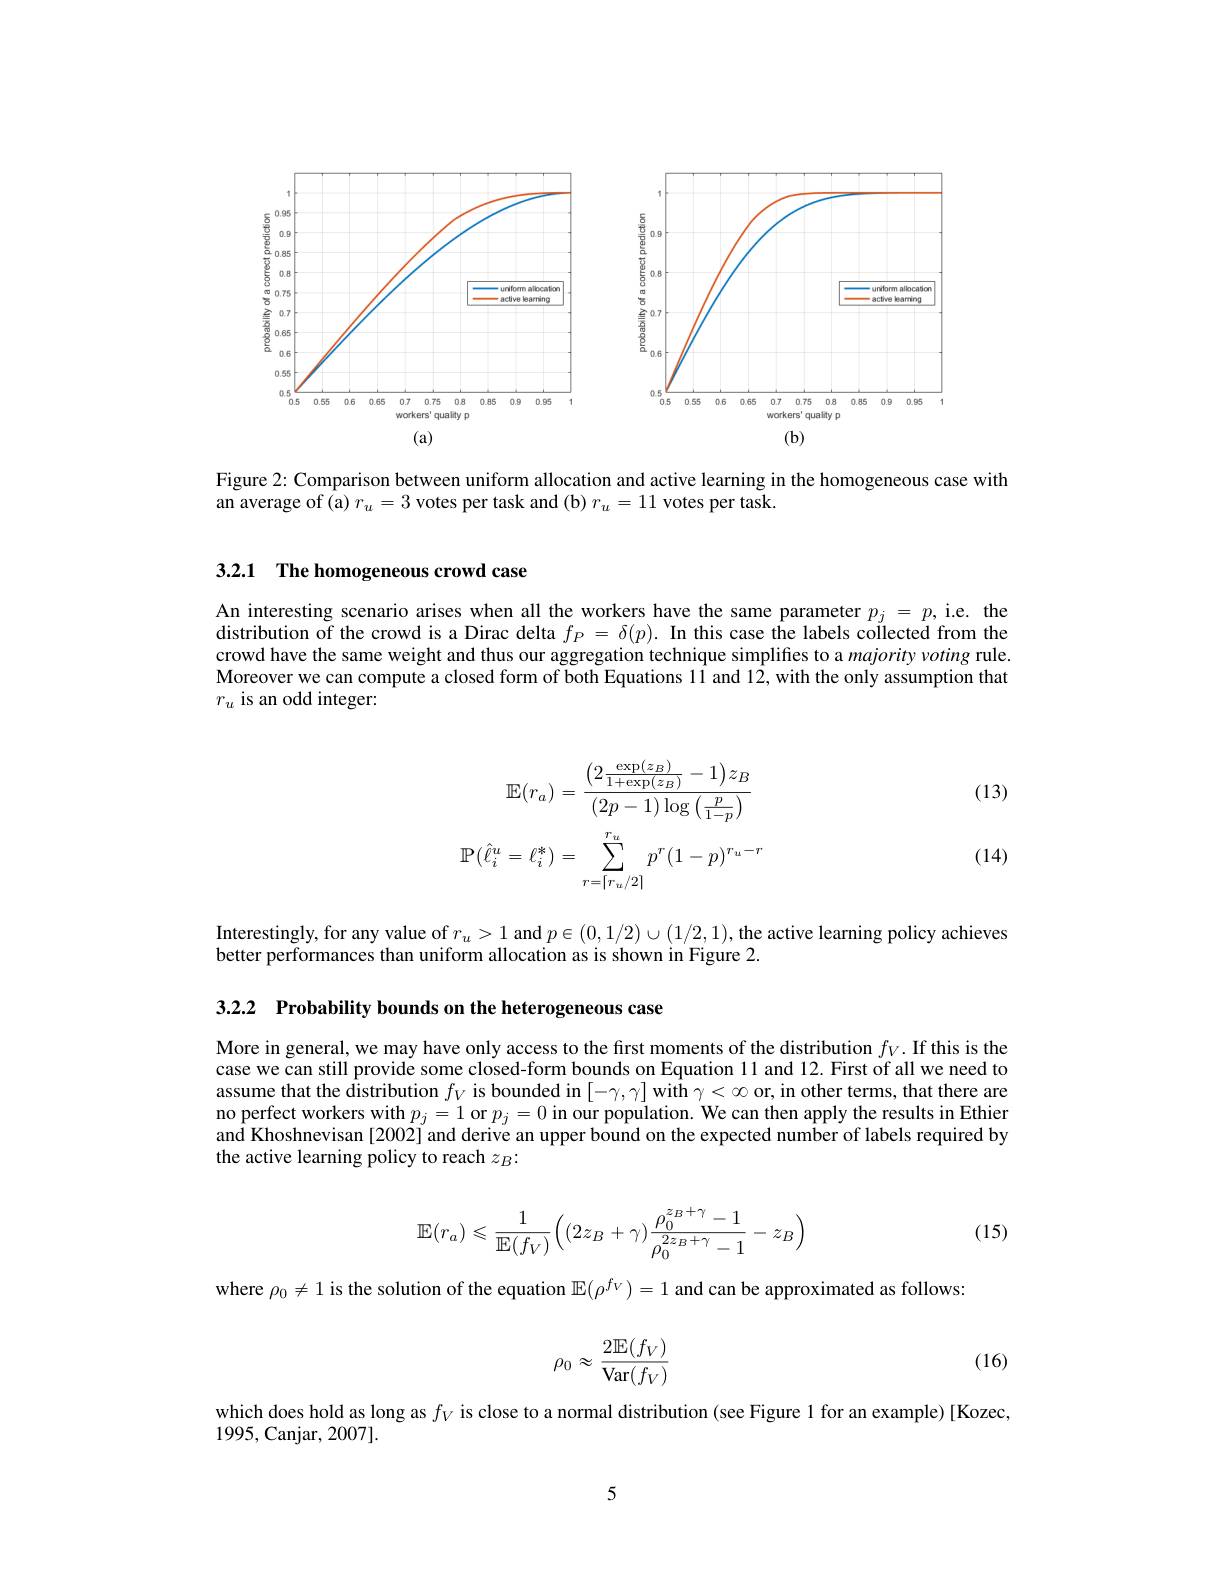
<FigureHere>

Figure 2: Comparison between uniform allocation and active learning in the homogeneous case with
an average of (a) $r_u=3$ votes per task and (b) $r_u=11$ votes per task

3.2.1 The homogeneous crowd case

An interesting scenario arises when all the workers have the same parameter $p_j=p$,i.e. the distribution of the crowd is a Dirac delta $f_P=\delta(p).$ In this case the labels collected from the crowd have the same weight and thus our aggregation technique simplifies to a $majority\textit{voting rule. }$ Moreover we can compute a closed form of both Equations 11 and 12, with the only assumption that $r_u$ is an odd integer:

(13)
$$\mathbb{E}(r_{a})=\frac{\left(2\frac{\exp(z_{B})}{1+\exp(z_{B})}-1\right)z_{B}}{\left(2p-1\right)\log\left(\frac{p}{1-p}\right)}\\\mathbb{P}(\hat{\ell}_{i}^{u}=\ell_{i}^{*})=\sum_{r=\lceil r_{u}/2\rceil}^{r_{u}}p^{r}(1-p)^{r_{u}-r}$$
(14)

Interestingly, for any value of $r_u>1$ and $p\in(0,1/2)\cup(1/2,1)$, the active learning policy achieves
better performances than uniform allocation as is shown in Figure 2.

3.2.2 Probability bounds on the heterogeneous case

More in general, we may have only access to the first moments of the distribution $f_V.$ If this is the case we can still provide some closed-form bounds on Equation ll and 12. First of all we need to assume that the distribution $f_V$ is bounded in $[ - \gamma , \gamma ]$with$\gamma < \infty$ or, in other terms, that there are no perfect workers with $p_j=1$ or $p_j=0$ in our population. We can then apply the results in Ethier and Khoshnevisan [2002] and derive an upper bound on the expected number of labels required by the active learning policy to reach $z_B:$

(15)
$$\mathbb{E}(r_a)\leqslant\frac{1}{\mathbb{E}(f_V)}\Big((2z_B+\gamma)\frac{\rho_0^{z_B+\gamma}-1}{\rho_0^{2z_B+\gamma}-1}-z_B\Big)$$
where $\rho_0\neq1$ is the solution of the equation $\mathbb{E}(\rho^f_V)=1$ and can be approximated as follows:

(16)
$$\rho_0\approx\frac{2\mathbb{E}(f_V)}{\mathrm{Var}(f_V)}$$
which does hold as long as $f_V$ is close to a normal distribution (see Figure 1 for an example)[Kozec,
1995, Canjar, 2007].

5